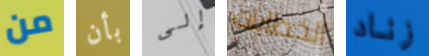
من بأن إلى الخطابات زناد